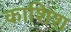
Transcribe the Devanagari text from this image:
काशिश